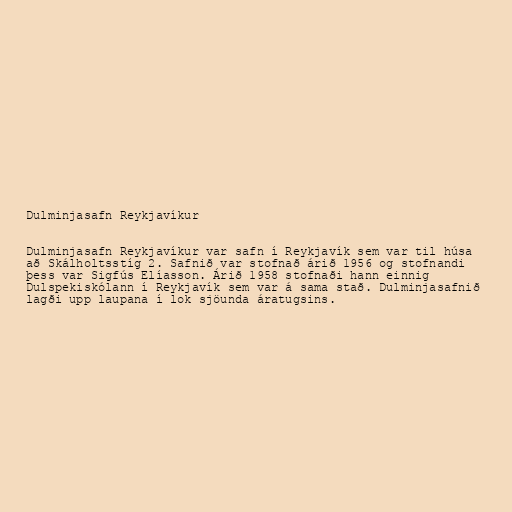
Dulminjasafn Reykjavíkur

Dulminjasafn Reykjavíkur var safn í Reykjavík sem var til húsa
að Skálholtsstíg 2. Safnið var stofnað árið 1956 og stofnandi
þess var Sigfús Elíasson. Árið 1958 stofnaði hann einnig
Dulspekiskólann í Reykjavík sem var á sama stað. Dulminjasafnið
lagði upp laupana í lok sjöunda áratugsins.